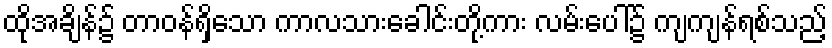
ထိုအချိန်၌ တာဝန်ရှိသော ကာလသားခေါင်းတို့ကား လမ်းပေါ်၌ ကျကျန်ရစ်သည့်